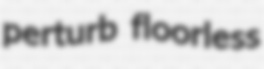
perturb floorless